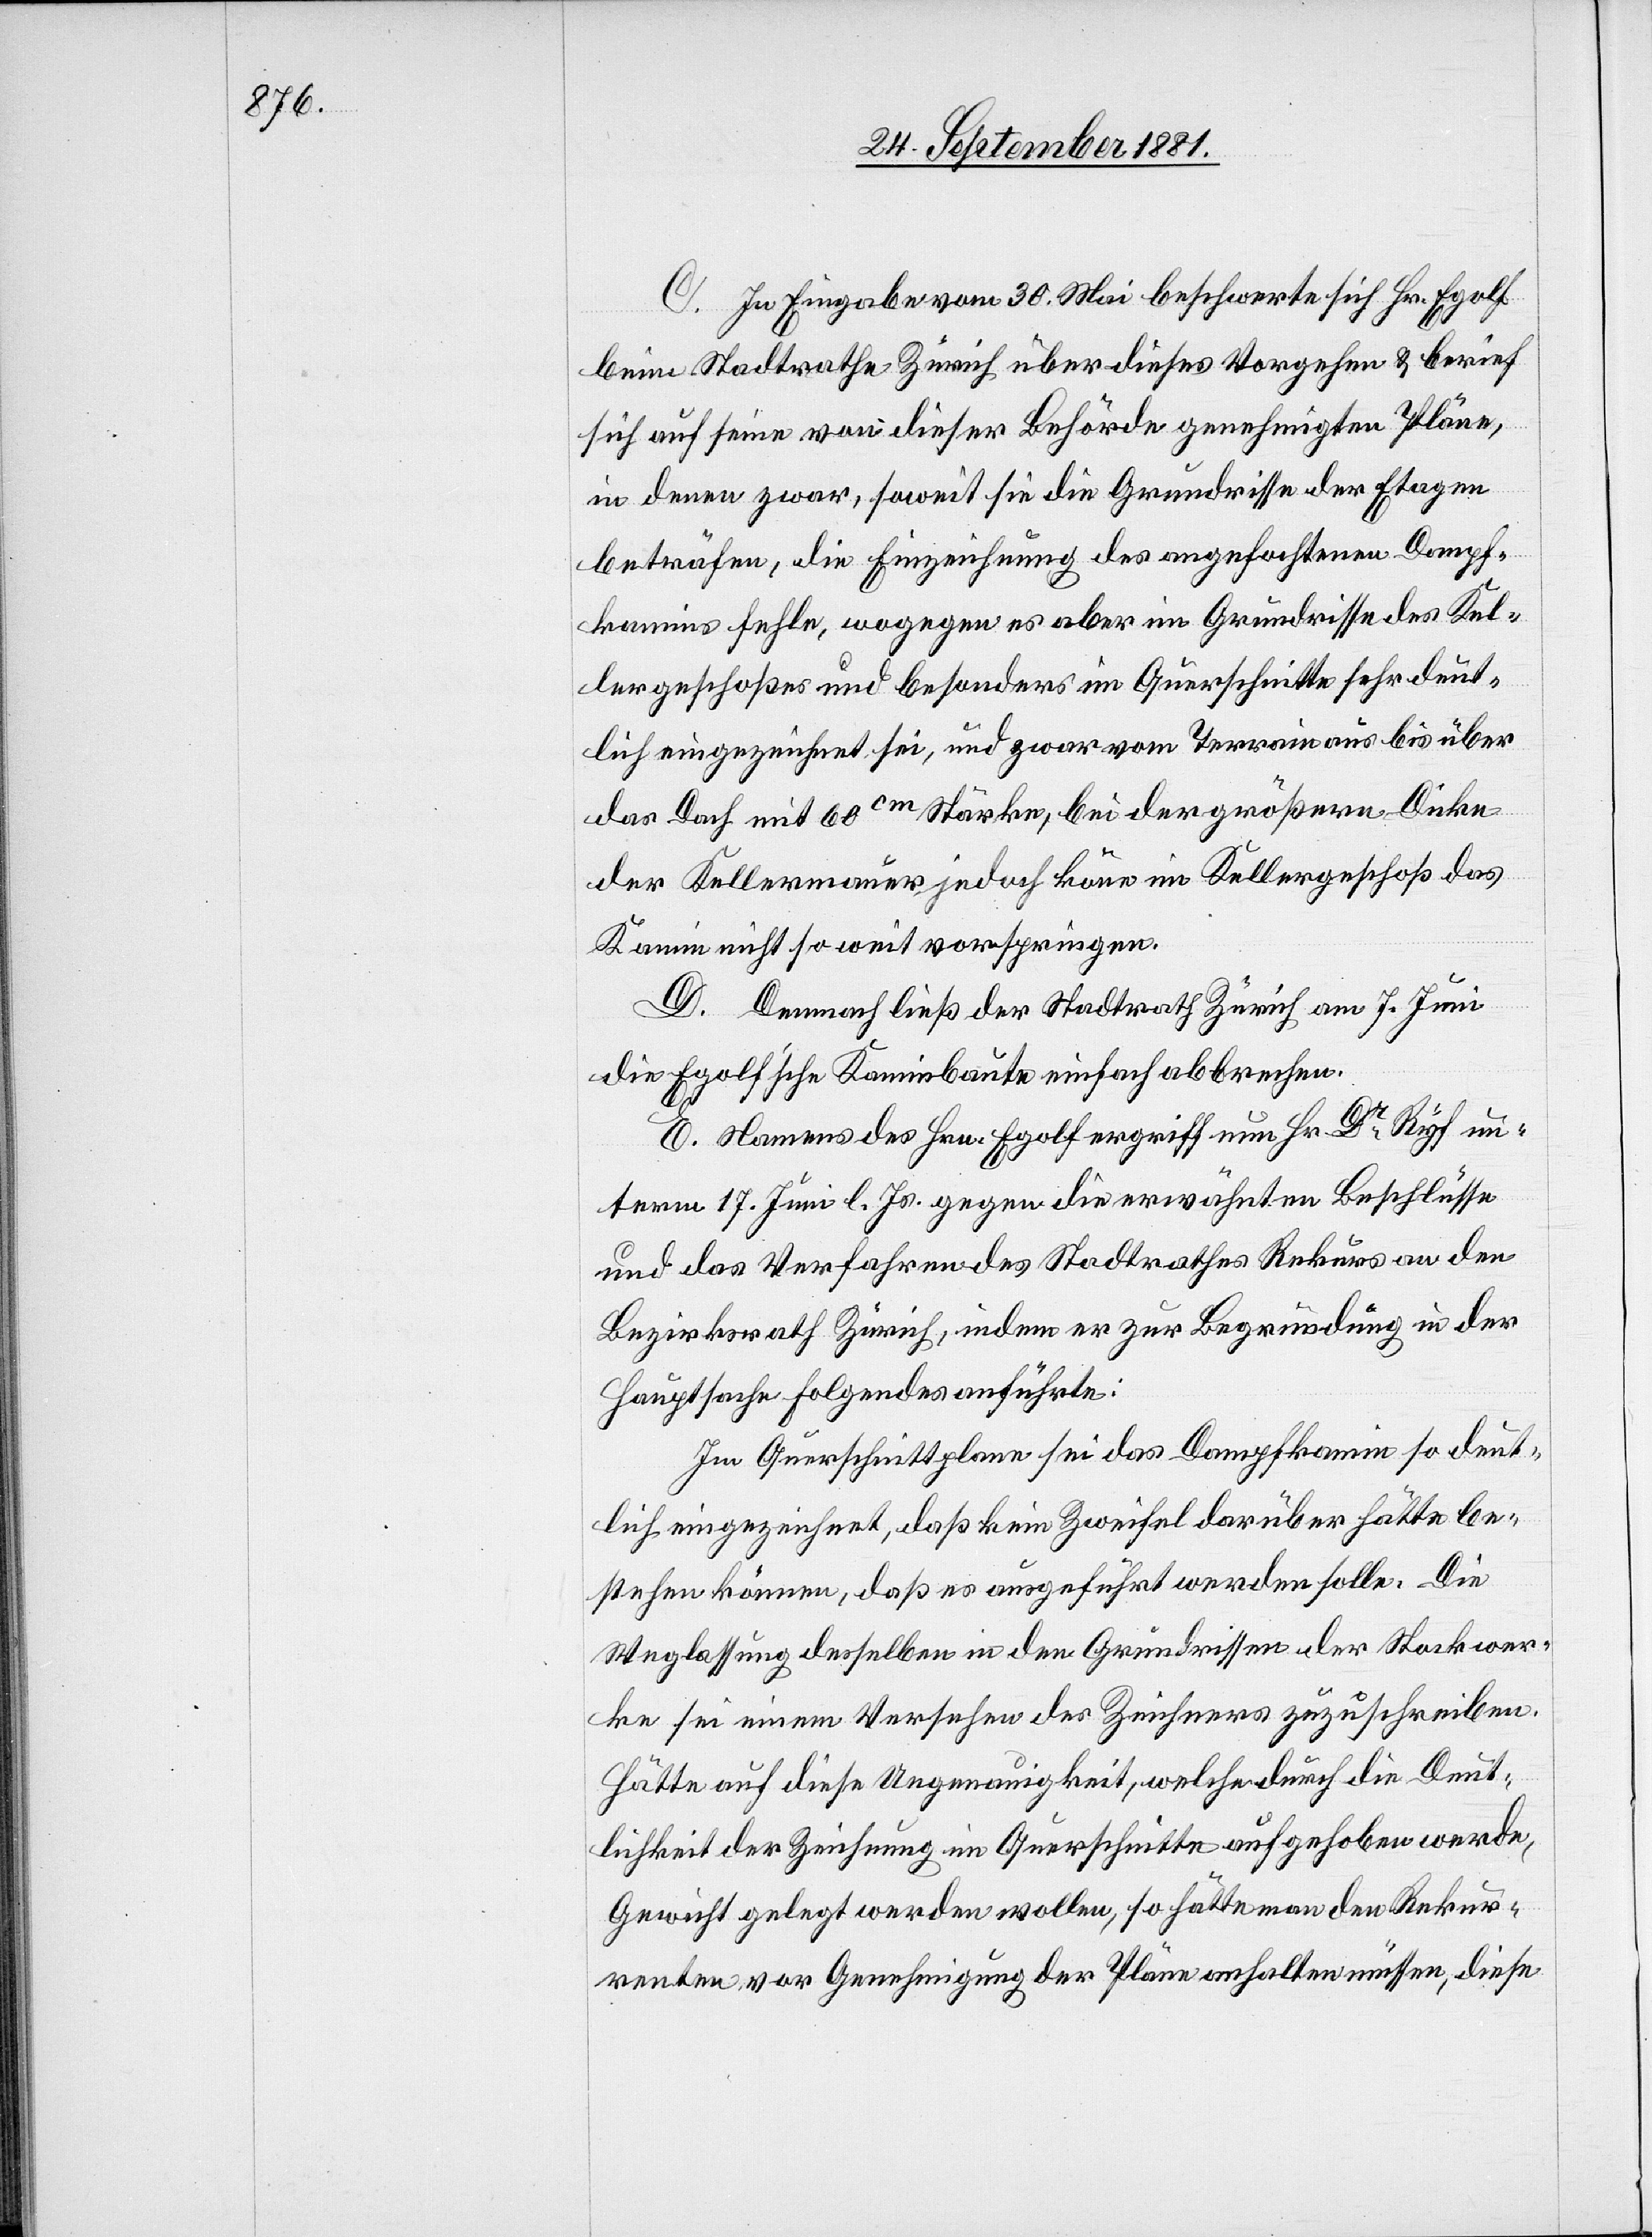
C. In Eingabe vom 30. Mai beschwerte sich Hr. Egolf
beim Stadtrathe Zürich über dieses Vorgehen & berief
sich auf seine von dieser Behörde genehmigten Pläne,
in denen zwar, soweit sie die Grundrisse der Etagen
beträfen, die Einzeichnung des angefochtenen Dampf¬
kamins fehle, wogegen es aber im Grundrisse des Kel¬
lergeschoßes und besonders im Querschnitte sehr deut¬
lich eingezeichnet sei, und zwar vom Terrain aus bis über
das Dach mit 60cm Stärke, bei der größern Dicke
der Kellermauer jedoch kön[n]e im Kellergeschoß das
Kamin nicht so weit vorspringen.
D. Demnach ließ der Stadtrath Zürich am 7. Juni
die Egolf’sche Kaminbaute einfach abbrechen.
E. Namens des Hrn. Egolf ergriff nun Dr Ryf un¬
term 17. Juni l. Js. gegen die erwähnten Beschlüsse
und das Verfahren des Stadtrathes Rekurs an den
Bezirksrath Zürich, indem er zur Begründung in der
Hauptsache folgendes anführte:
Im Querschnittplane sei das Dampfkamin so deut¬
lich eingezeichnet, daß kein Zweifel darüber hätte be¬
stehen können, daß es ausgeführt werden solle. Die
Weglassung desselben in den Grundrissen der Stockwer¬
ke sei einem Versehen des Zeichners zuzuschreiben.
Hätte auf diese Ungenauigkeit, welche durch die Deut¬
lichkeit der Zeichnung im Querschnitte aufgehoben werde,
Gewicht gelegt werden wollen, so hätte man den Rekur¬
renten vor Genehmigung der Pläne anhalten müssen, diese